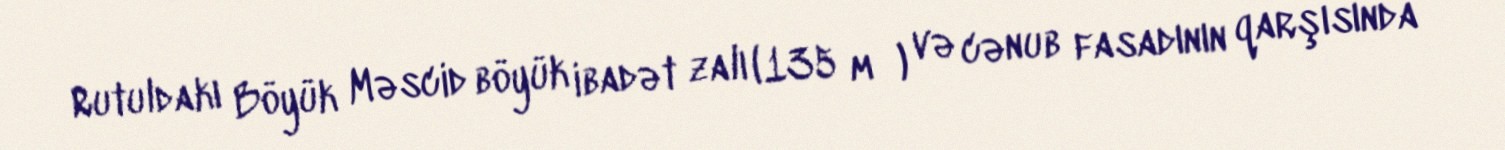
Rutuldakı Böyük Məscid böyük ibadət zalı (135 m²) və cənub fasadının qarşısında